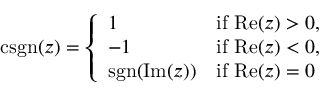
\operatorname { c s g n } ( z ) = { \left\{ \begin{array} { l l } { 1 } & { { \mathrm { i f ~ } } \mathrm { R e } ( z ) > 0 , } \\ { - 1 } & { { \mathrm { i f ~ } } \mathrm { R e } ( z ) < 0 , } \\ { \operatorname { s g n } ( \mathrm { I m } ( z ) ) } & { { \mathrm { i f ~ } } \mathrm { R e } ( z ) = 0 } \end{array} \right. }